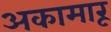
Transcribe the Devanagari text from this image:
अकामारू